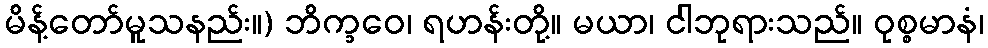
မိန့်တော်မူသနည်း။) ဘိက္ခဝေ၊ ရဟန်းတို့။ မယာ၊ ငါဘုရားသည်။ ဝုစ္စမာနံ၊